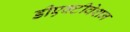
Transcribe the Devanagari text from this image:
डीएक्टीवेशन